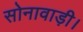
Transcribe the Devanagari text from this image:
सोनावाड़ी।